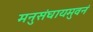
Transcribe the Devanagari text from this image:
मनुसंघायमुवनं